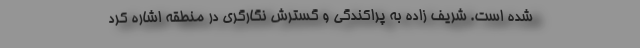
شده است. شریف زاده به پراکندگی و گسترش نگارگری در منطقه اشاره کرد